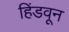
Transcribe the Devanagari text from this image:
हिंडवून